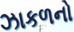
ઝાકળનો